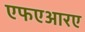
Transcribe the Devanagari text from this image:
एफएआरए